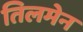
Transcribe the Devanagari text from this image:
तिलमेन